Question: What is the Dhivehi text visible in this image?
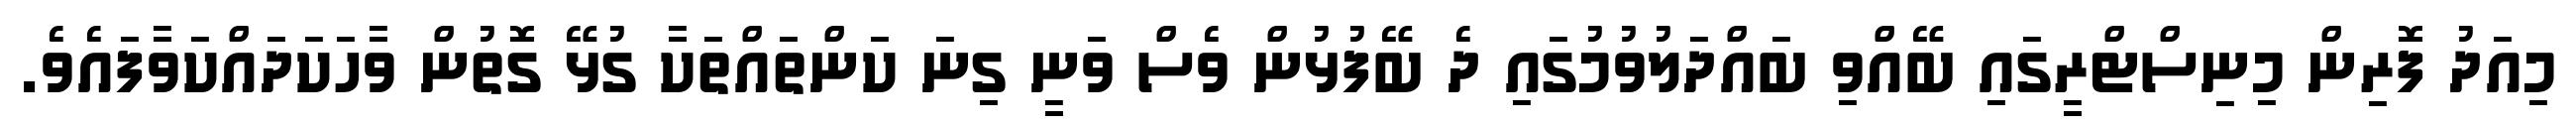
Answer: މިއަދު ފޮރިން މިނިސްޓްރީގައި ބޭއްވި ބައްދަލުވުމުގައި ދެ ބޭފުޅުން ވެސް ވަނީ ގިނަ ކަންތައްތަކާ ގުޅޭ ގޮތުން ވާހަކަދައްކަވާފައެވެ.